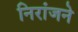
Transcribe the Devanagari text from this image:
निरांजने